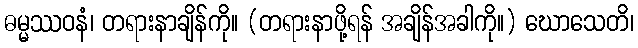
ဓမ္မဿဝနံ၊ တရားနာချိန်ကို။ (တရားနာဖို့ရန် အချိန်အခါကို။) ဃောသေတိ၊